Civil Veterinary Dept. Assam report 1911-1927 - 1911-1927
Year: 1911
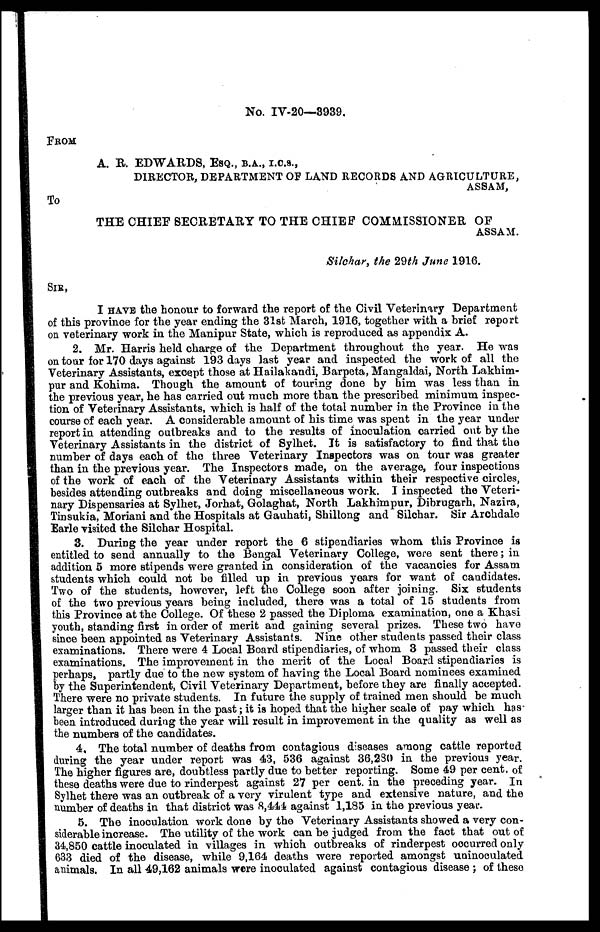
No. IV-20—3939.
FROM
A. R. EDWARDS, ESQ., B.A., I.O.S.,
DIRECTOR, DEPARTMENT OF LAND RECORDS AND AGRICULTURE,
ASSAM,
To
THE CHIEF SECRETARY TO THE CHIEF COMMISSIONER OF
ASSAM.
Silchar, the 29th June 1916.
SIR,
I HAVE the honour to forward the report of the Civil Veterinary Department
of this province for the year ending the 31st March, 1916, together with a brief report
on veterinary work in the Manipur State, which is reproduced as appendix A.
2. Mr. Harris held charge of the Department throughout the year. He was
on tour for 170 days against 193 days last year and inspected the work of all the
Veterinary Assistants, except those at Hailakandi, Barpeta, Mangaldai, North Lakhim-
pur and Kohima. Though the amount of touring done by him was less than in
the previous year, he has carried out much more than the prescribed minimum inspec-
tion of Veterinary Assistants, which is half of the total number in the Province in the
course of each year. A considerable amount of his time was spent in the year under
report in attending outbreaks and to the results of inoculation carried out by the
Veterinary Assistants in the district of Sylhet. It is satisfactory to find that the
number of days each of the three Veterinary Inspectors was on tour was greater
than in the previous year. The Inspectors made, on the average, four inspections
of the work of each of the Veterinary Assistants within their respective circles,
besides attending outbreaks and doing miscellaneous work. I inspected the Veteri-
nary Dispensaries at Sylhet, Jorhat, Golaghat, North Lakhimpur, Dibrugarh, Nazira,
Tinsukia, Moriani and the Hospitals at Gauhati, Shillong and Silchar. Sir Archdale
Earle visited the Silchar Hospital.
3. During the year under report the 6 stipendiaries whom this Province is
entitled to send annually to the Bengal Veterinary College, were sent there; in
addition 5 more stipends were granted in consideration of the vacancies for Assam
students which could not be filled up in previous years for want of candidates.
Two of the students, however, left the College soon after joining. Six students
of the two previous years being included, there was a total of 15 students from
this Province at the College. Of these 2 passed the Diploma examination, one a Khasi
youth, standing first in order of merit and gaining several prizes. These two have
since been appointed as Veterinary Assistants. Nine other students passed their class
examinations. There were 4 Local Board stipendiaries, of whom 3 passed their class
examinations. The improvement in the merit of the Local Board stipendiaries is
perhaps, partly due to the new system of having the Local Board nominees examined
by the Superintendent, Civil Veterinary Department, before they are finally accepted.
There were no private students. In future the supply of trained men should be much
larger than it has been in the past; it is hoped that the higher scale of pay which has
been introduced during the year will result in improvement in the quality as well as
the numbers of the candidates.
4. The total number of deaths from contagious diseases among cattle reported
during the year under report wa9 43, 536 against 36,230 in the previous year.
The higher figures are, doubtless partly due to better reporting. Some 49 per cent, of
these deaths were due to rinderpest against 27 per cent, in the preceding year. In
Sylhet there was an outbreak of a very virulent type and extensive nature, and the
number of deaths in that district was 8,444 against 1,185 in the previous year.
5. The inoculation work done by the Veterinary Assistants showed a very con-
siderable increase. The utility of the work can be judged from the fact that out of
34,850 cattle inoculated in villages in which outbreaks of rinderpest occurred only
633 died of the disease, while 9,164 deaths were reported amongst uninoculated
animals. In all 49,162 animals were inoculated against contagious disease ; of these